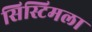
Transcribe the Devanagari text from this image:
सिस्टिमला